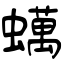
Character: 蠇